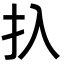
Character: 扖